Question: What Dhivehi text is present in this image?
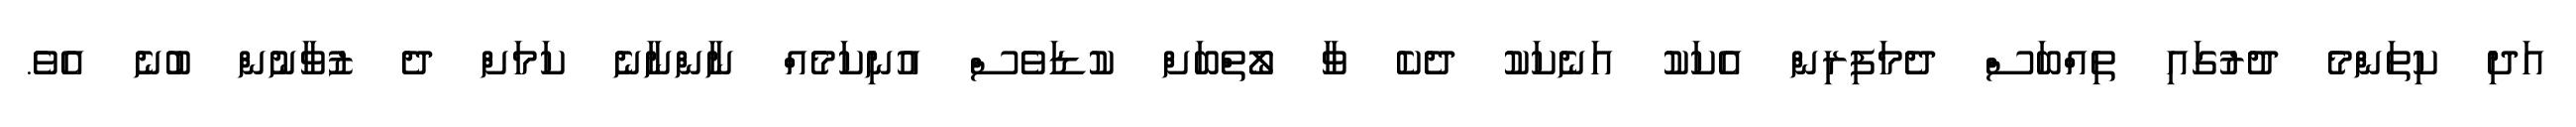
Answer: އަދި ކިތަންމެ ދުރުގައި ތިއްބަސް ދެމަފިރިން އެކަކު އަނެކަކު ދެކެ ވާ ލޯތްބަށް ކުޑަވެސް އުނިކަމެއް ނާންނާނެ ކަމަށް ދެ ޒުވާނުން ބުނެ އެވެ.